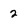
Character: 2